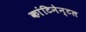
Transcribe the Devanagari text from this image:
कांटिनेन्टल